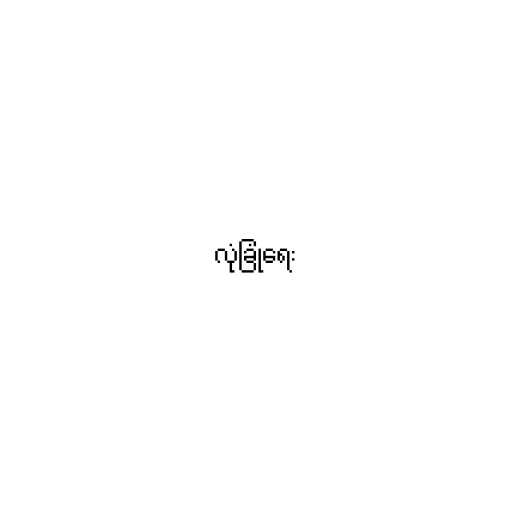
လုံခြုံရေး